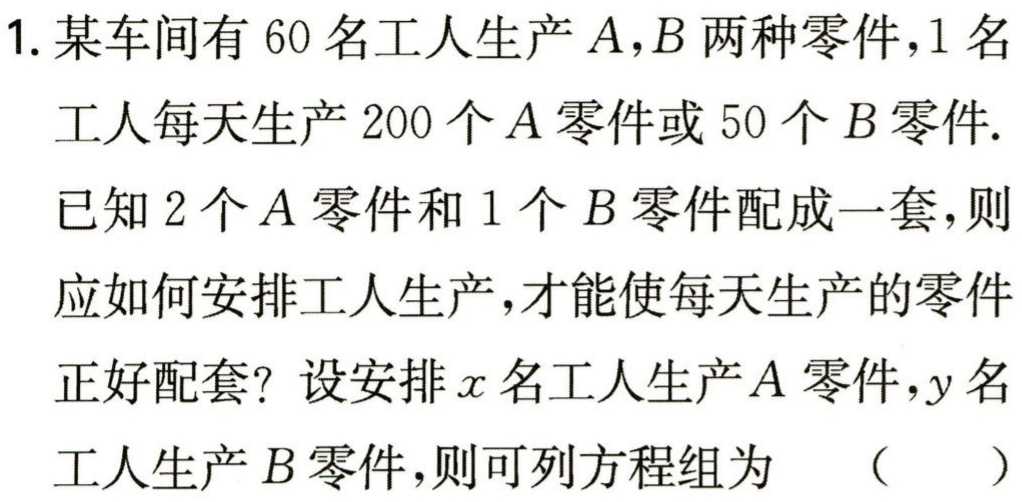
1. 某车间有 60 名工人生产\(A,B\)两种零件，1 名
工人每天生产 200 个\(A\)零件或 50 个\(B\)零件.
已知 2 个\(A\)零件和 1 个\(B\)零件配成一套，则
应如何安排工人生产，才能使每天生产的零件
正好配套？设安排\(x\)名工人生产\(A\)零件，\(y\)名
工人生产\(B\)零件，则可列方程组为 （  ）